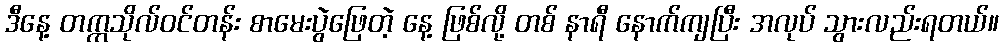
ဒီနေ့ တက္ကသိုလ်ဝင်တန်း စာမေးပွဲဖြေတဲ့ နေ့ ဖြစ်လို့ တစ် နာရီ နောက်ကျပြီး အလုပ် သွားလည်းရတယ်။